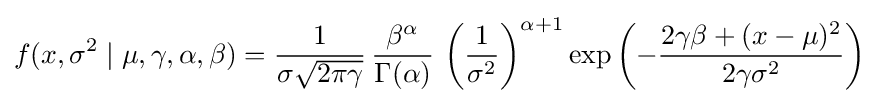
f(x,\sigma ^{2}\mid \mu ,\gamma ,\alpha ,\beta )={\frac {1}{\sigma {\sqrt {2\pi \gamma }}}}\,{\frac {\beta ^{\alpha }}{\Gamma (\alpha )}}\,\left({\frac {1}{\sigma ^{2}}}\right)^{\alpha +1}\exp \left(-{\frac {2\gamma \beta +(x-\mu )^{2}}{2\gamma \sigma ^{2}}}\right)